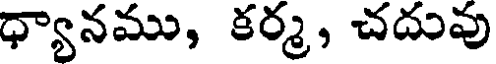
ధ్యానము, కర్మ, చదువు